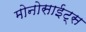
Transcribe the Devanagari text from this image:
मोनोसाईट्स